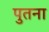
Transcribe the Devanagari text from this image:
पुतना